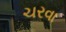
ચરવા